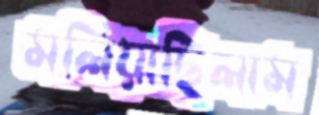
মলিয়াছিলাম